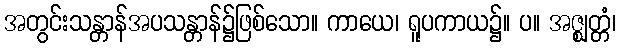
အတွင်းသန္တာန်အပသန္တာန်၌ဖြစ်သော။ ကာယေ၊ ရူပကာယ၌။ ပ။ အဇ္ဈတ္တံ၊